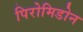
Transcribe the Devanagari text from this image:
पिरोमिडोन